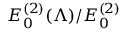
E _ { 0 } ^ { ( 2 ) } ( \Lambda ) / E _ { 0 } ^ { ( 2 ) }